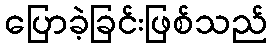
ပြောခဲ့ခြင်းဖြစ်သည်